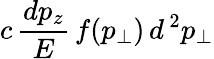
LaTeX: c\, {\frac{dp_{z}}{E}}\, f(p_{\perp})\, d^{\, 2}p_{\perp}